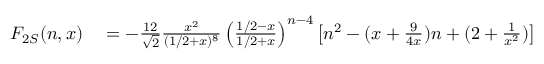
\begin{array} { r l } { F _ { 2 S } ( n , x ) } & { { } = - \frac { 1 2 } { \sqrt { 2 } } \frac { x ^ { 2 } } { ( 1 / 2 + x ) ^ { 8 } } \left( \frac { 1 / 2 - x } { 1 / 2 + x } \right) ^ { n - 4 } \left[ n ^ { 2 } - ( x + \frac { 9 } { 4 x } ) n + ( 2 + \frac { 1 } { x ^ { 2 } } ) \right] } \end{array}